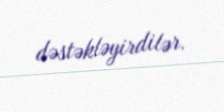
dəstəkləyirdilər.